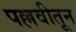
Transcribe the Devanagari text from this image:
पल्लवीतून